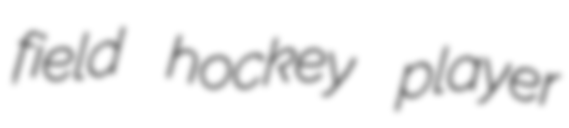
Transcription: field hockey player